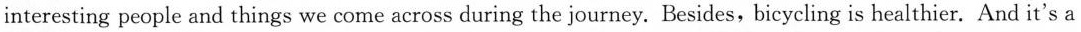
interesting people and things we come across during the journey. Besides, bicyeling is healthier. And it's a